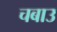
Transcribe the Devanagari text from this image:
चबाउ